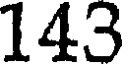
143